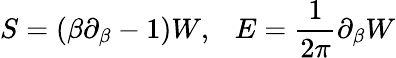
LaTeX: S=(\beta\partial_{\beta}-1)W,~~~E={\frac{1}{2\pi}}\partial_{\beta}W